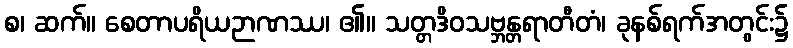
စ၊ ဆက်။ စေတာပရိယဉာဏဿ၊ ၏။ သတ္တဒိဝသဗ္ဘန္တရာတီတံ၊ ခုနစ်ရက်အတွင်း၌